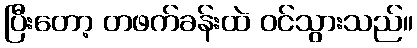
ပြီးတော့ တဖက်ခန်းထဲ ဝင်သွားသည်။